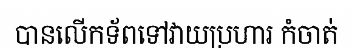
បានលើកទ័ពទៅវាយប្រហារ កំចាត់